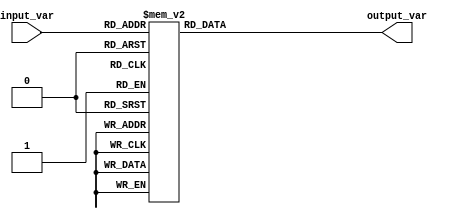
module generate_case_block (
    input wire [2:0] input_var,
    output reg [7:0] output_var
);

always @(*)
begin
    case (input_var)
        3'b000 : output_var = 8'b00000000;
        3'b001 : output_var = 8'b00000001;
        3'b010 : output_var = 8'b00000010;
        3'b011 : output_var = 8'b00000011;
        3'b100 : output_var = 8'b00000100;
        3'b101 : output_var = 8'b00000101;
        3'b110 : output_var = 8'b00000110;
        3'b111 : output_var = 8'b00000111;
        default: output_var = 8'b11111111;
    endcase
end

endmodule